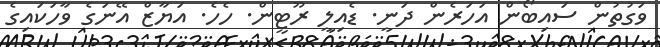
ވަގުތުން ސައިބޯން އަހަރެން ދަނީ. ޑެއިލީ ރޫޓީން. ހެހެ. އަޔާޒް އޭނަގެ ވާހަކައިގެ